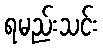
ရမည်းသင်း